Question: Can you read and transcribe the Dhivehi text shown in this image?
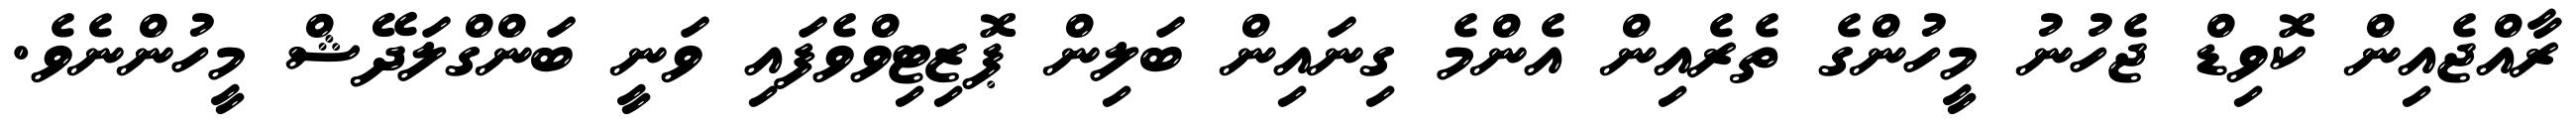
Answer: ރާއްޖެއިން ކޮވިޑް ޖެހުނު މީހުންގެ ތެރެއިން އެންމެ ގިނައިން ބަލިން ޕޮޒިޓިވްވެފައި ވަނީ ބަންގްލަދޭޝް މީހުންނެވެ.